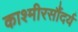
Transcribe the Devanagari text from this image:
काश्मीरसौंदर्य